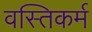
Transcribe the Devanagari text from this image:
वस्तिकर्म